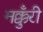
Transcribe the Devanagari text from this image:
मक्कुँरी